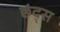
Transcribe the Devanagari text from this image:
छंद्स